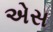
એસ